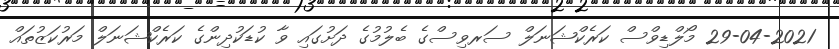
29-04-2021 މޯލްޑިވްސް ކަރެކްޝަނަލް ސަރވިސްގެ ބެލުމުގެ ދަށުގައި ވާ ކުޑަކުދިންގެ ކަރެކްޝަނަލް މަރުކަޒުތައް